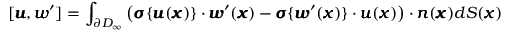
[ { \pmb u } , { \pmb w } ^ { \prime } ] = \int _ { \partial D _ { \infty } } \left( { \pmb \sigma } \{ { \pmb u } ( { \pmb x } ) \} \cdot { \pmb w } ^ { \prime } ( { \pmb x } ) - { \pmb \sigma } \{ { \pmb w } ^ { \prime } ( { \pmb x } ) \} \cdot { \pmb u } ( { \pmb x } ) \right) \cdot { \pmb n } ( { \pmb x } ) d S ( { \pmb x } )